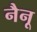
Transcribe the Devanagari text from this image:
नैनू